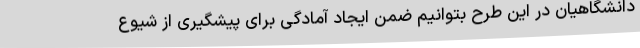
دانشگاهیان در این طرح بتوانیم ضمن ایجاد آمادگی برای پیشگیری از شیوع